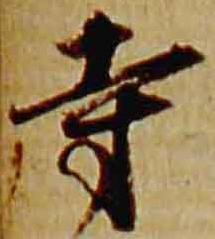
寺